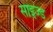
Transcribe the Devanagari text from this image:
साइज्ड